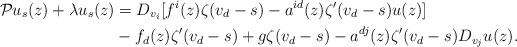
LaTeX: \begin{align*}\mathcal{P} u_s (z) + \lambda u_s (z) &= D_{v_i} [ f^i (z) \zeta (v_d - s) - a^{i d} (z) \zeta' (v_d - s) u (z)] \\&- f_d (z) \zeta' (v_d - s)+ g \zeta (v_d - s)- a^{ d j} (z) \zeta' (v_d - s) D_{v_{j}} u (z).\end{align*}